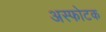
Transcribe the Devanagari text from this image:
अस्फोटक